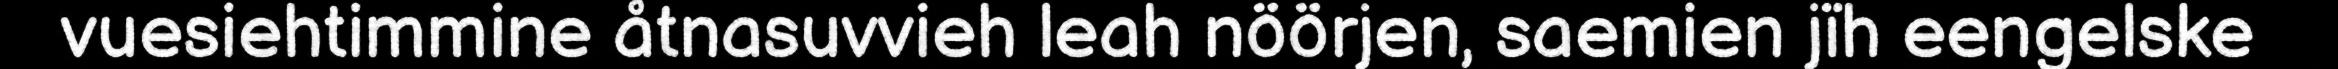
vuesiehtimmine åtnasuvvieh leah nöörjen, saemien jïh eengelske